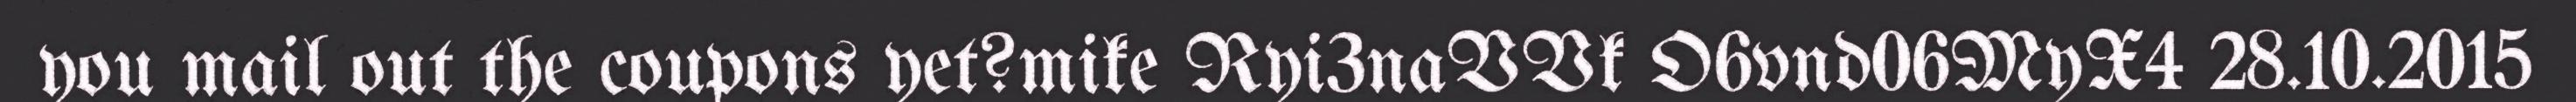
you mail out the coupons yet?mike Ryi3naVVk O6vnd06MyX4 28.10.2015